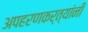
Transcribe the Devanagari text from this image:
अपहरणकर्त्यांनी